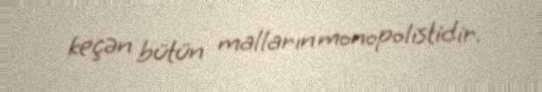
keçən bütün malların monopolistidir.